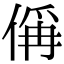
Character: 偁